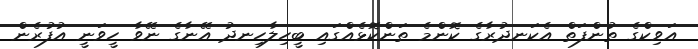
އަވިކްގެ ތުންފަތް އެކަނދުރާގެ ކޮންމެ ތަންކޮޅެއްގައި ބީހިލާހިނދު އޭނާގެ ނޭވާ ހީވަނީ އުފުރެން